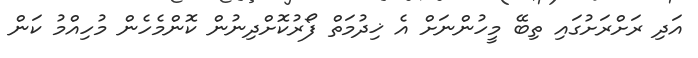
އަދި ރަށްރަށުގައި ތިބޭ މީހުންނަށް އެ ޚިދުމަތް ފޯރުކޮށްދިނުން ކޮންމެހެން މުހިއްމު ކަން